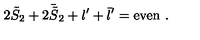
2 { \tilde { S } } _ { 2 } + 2 { \bar { \tilde { S } } } _ { 2 } + l ^ { \prime } + { \bar { l } } ^ { \prime } = \mathrm { e v e n } \ .